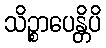
သိဉ္စာပေန္တိပိ